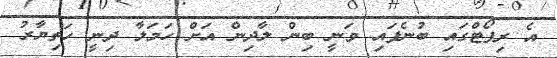
އެ ރިޕޯޓްގައި ބުނެފައި ވަނީ ބިން ލާދިން އަށް ހަމަލާ ދިނީ ހަތިޔާރު